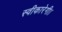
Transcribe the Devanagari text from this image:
स्वीकारेगी।